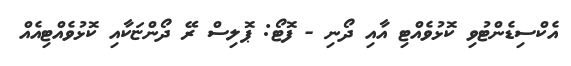
އެކްސިޑެންޓުވި ކޮޅުވެއްޓި އާއި ދޯނި - ފޮޓޯ: ޕޮލިސް ރޭ ދޯންޏަކާއި ކޮޅުވެއްޓިއެއް